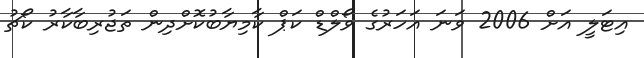
އިޓަލީ އަށް 2006 ވަނަ އަހަރުގެ ވޯލްޑް ކަޕް ކާމިޔާބުކޮށްދިން ތަޖުރިބާކާރު ކޯޗު